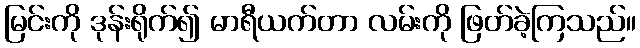
မြင်းကို ဒုန်းရိုက်၍ မာရီယက်တာ လမ်းကို ဖြတ်ခဲ့ကြသည်။